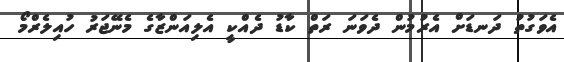
އެވަގުތު ދަނޑަަށް އެރުމުން ދެވަނަ ރަތް ކާޑު ދެއްކީ އެލިއަންޒާގެ މެނޭޖަރު ހުއިލެރްމޯ